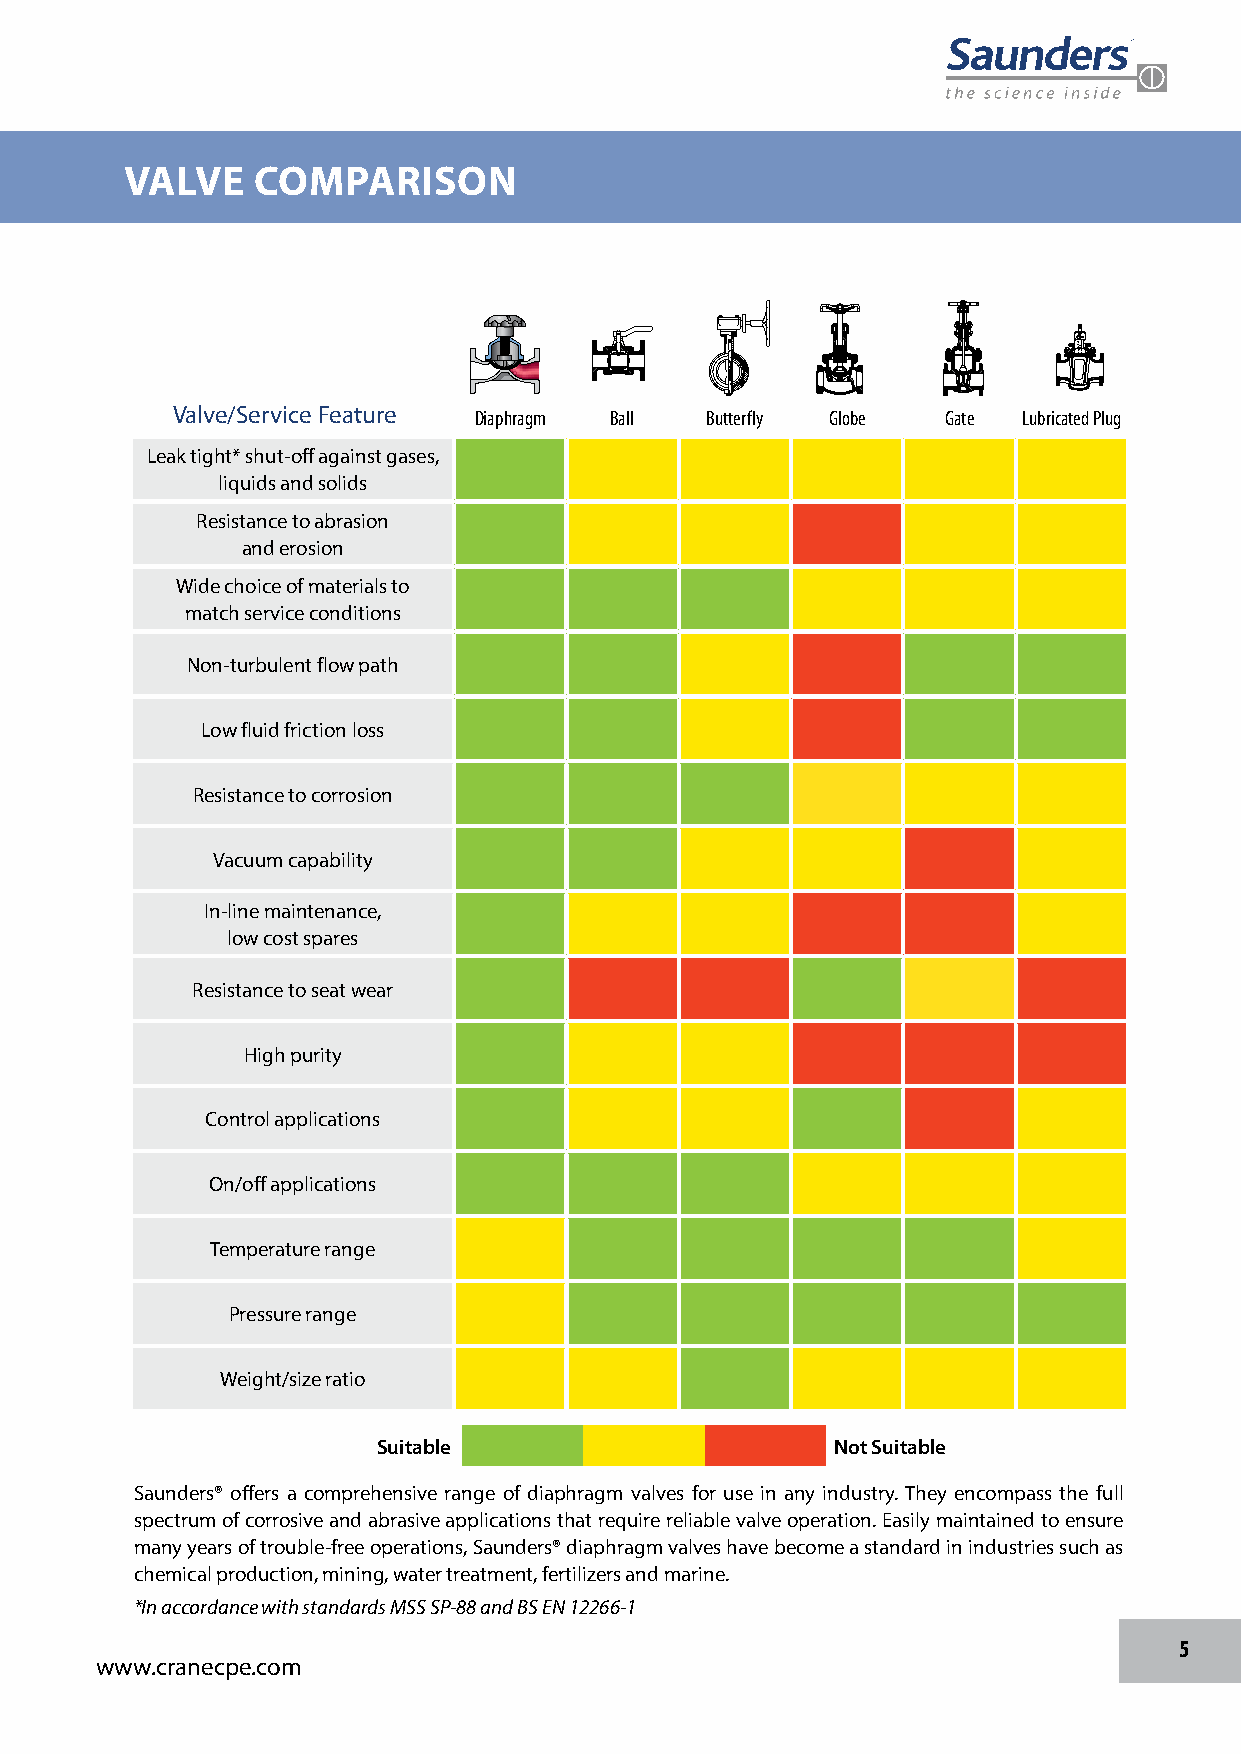
VALVE    COMPARISON
 Valve/Service Feature Diaphragm Ball Butterfly Globe Gate Lubricated Plug
 Leak tight* shut-off against gases,
 liquids and solids
 Resistance to abrasion
 and erosion
 Wide choice of materials to
 match service conditions
 Non-turbulent flow path
 Low fluid friction loss
 Resistance to corrosion
 Vacuum capability
 In-line maintenance,
 low cost spares
 Resistance to seat wear
 High purity
 Control applications
 On/off applications
 Temperature range
 Pressure range
 Weight/size ratio
 Suitable                      Not Suitable
 Saunders® offers a comprehensive range of diaphragm valves for use in any industry. They encompass the full
 spectrum of corrosive and abrasive applications that require reliable valve operation. Easily maintained to ensure
 many years of trouble-free operations, Saunders® diaphragm valves have become a standard in industries such as
 chemical production, mining, water treatment, fertilizers and marine.
 *In accordance with standards MSS SP-88 and BS EN 12266-1
 5
 www.cranecpe.com